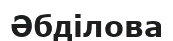
Әбділова